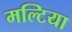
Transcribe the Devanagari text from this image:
मल्टिया